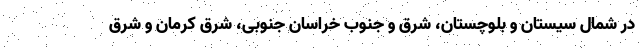
در شمال سیستان و بلوچستان، شرق و جنوب خراسان جنوبی، شرق کرمان و شرق